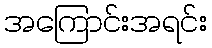
အကြောင်းအရင်း